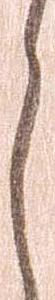
ら